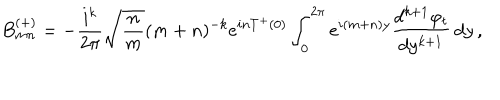
LaTeX: B _ { m n } ^ { ( + ) } = - { \frac { i ^ { k } } { 2 \pi } } \sqrt { { \frac { n } { m } } } ( m + n ) ^ { - k } e ^ { i n T ^ { + } ( 0 ) } \int _ { 0 } ^ { 2 \pi } e ^ { i ( m + n ) y } { \frac { d ^ { k + 1 } \varphi _ { t } } { d y ^ { k + 1 } } } \, d y \, ,